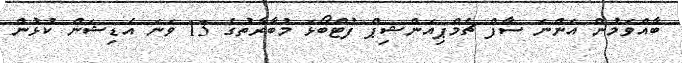
ބާއްވަމުން އަންނަ ސާފް ޗެމްޕިއަންޝިޕް ފުޓްބޯޅަ މުބާރާތުގެ 13 ވަނަ އެޑިޝަން ކުޅުން